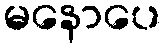
မနောပေ